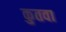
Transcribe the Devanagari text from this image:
कुतवा